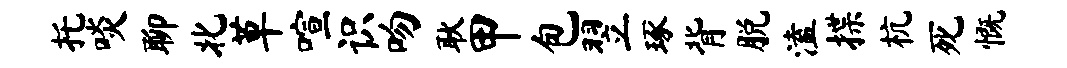
托啖聊北草喧识吻耿甲包翌琢背脱溘揲杭死慨